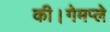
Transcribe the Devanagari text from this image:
की।गेमप्ले